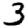
Digit: 3